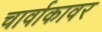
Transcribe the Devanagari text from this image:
चार्वाकावर